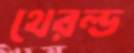
থেরল্ড